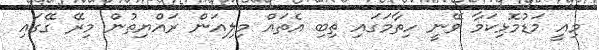
މިއީ މަޑުމޮޅިކަމާ ވޭނީ ހިތާމަގައި ތިބި އެތައް މިލިއަން ރައްޔިތުން މިރޭ ގޭގައި